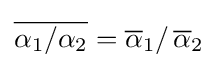
{\overline {\alpha _{1}/\alpha _{2}}}={\overline {\alpha }}_{1}/\,{\overline {\alpha }}_{2}